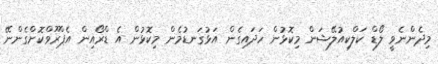
މިދެންނެވީ ލޯޑް ކަލްކިއުލޭޝަން މިކޮޅުން ހަދައިގެން އަޅުގަނޑުމެން މިކޮޅުން އެ ޑްރޯއިން އެޕްރޫވްކޮށްގެންނޭ